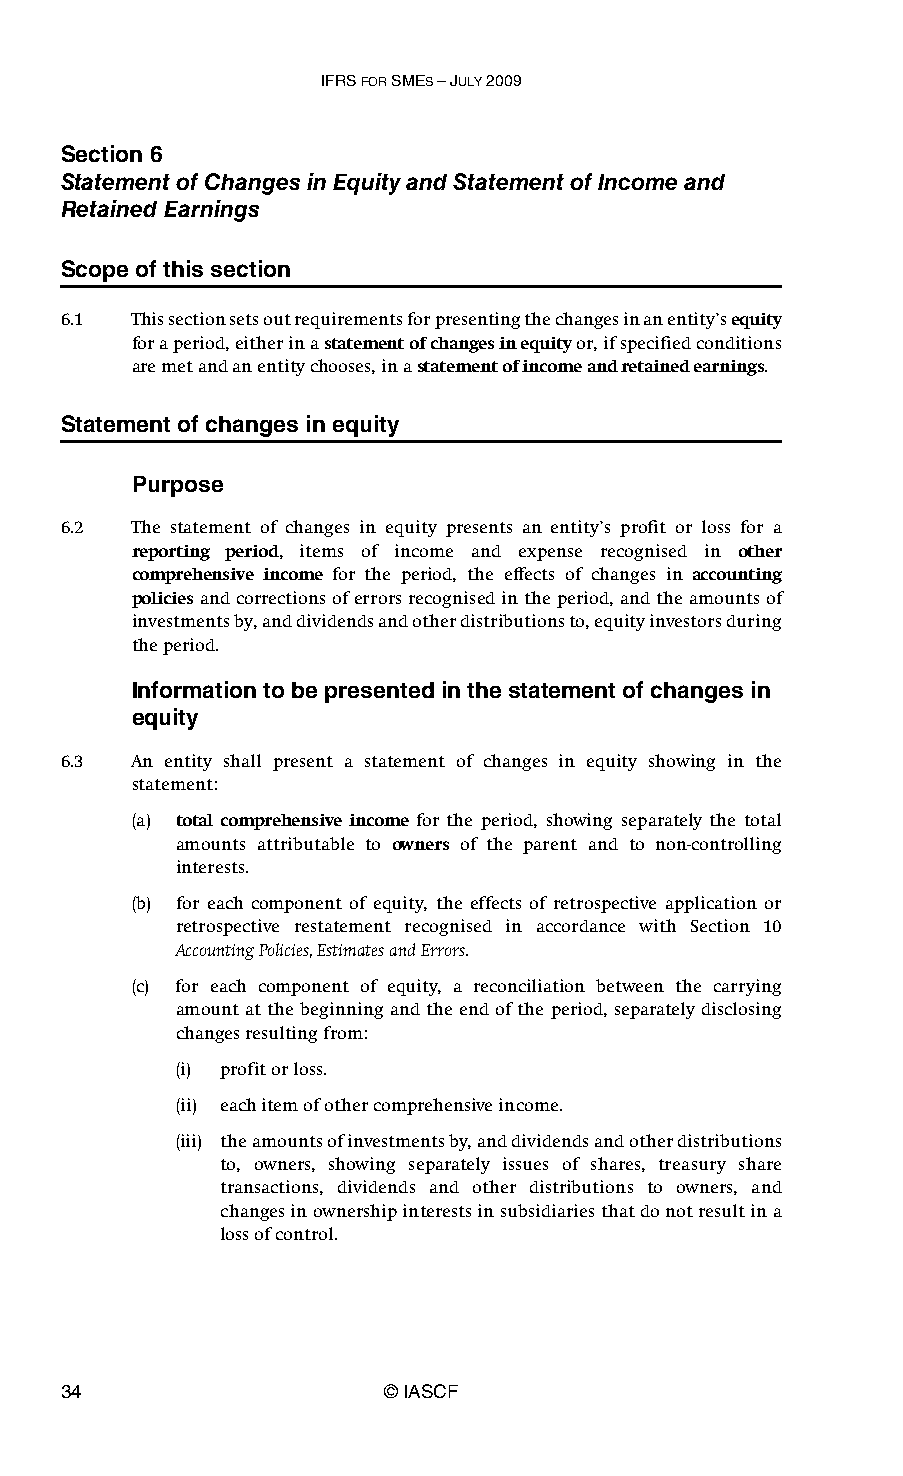
IFRS FOR SMES – JULY 2009
 Section 6
 Statement of Changes in Equity and Statement of Income and
 Retained Earnings
 Scope of this section
 6.1  This section sets out requirements for presenting the changes in an entity’s equity
 for a period, either in a statement of changes in equity or, if specified conditions
 are met and an entity chooses, in a statement of income and retained earnings.
 Statement of changes in equity
 Purpose
 6.2  The statement of changes in equity presents an entity’s profit or loss for a
 reporting period, items of income and expense recognised in other
 comprehensive income for the period, the effects of changes in accounting
 policies and corrections of errors recognised in the period, and the amounts of
 investments by, and dividends and other distributions to, equity investors during
 the period.
 Information to be presented in the statement of changes in
 equity
 6.3  An entity shall present a statement of changes in equity showing in the
 statement:
 (a) total comprehensive income for the period, showing separately the total
 amounts attributable to owners of the parent and to non-controlling
 interests.
 (b) for each component of equity, the effects of retrospective application or
 retrospective restatement recognised in accordance with Section 10
 Accounting Policies, Estimates and Errors.
 (c) for each component of equity, a reconciliation between the carrying
 amount at the beginning and the end of the period, separately disclosing
 changes resulting from:
 (i) profit or loss.
 (ii) each item of other comprehensive income.
 (iii) the amounts of investments by, and dividends and other distributions
 to, owners, showing separately issues of shares, treasury share
 transactions, dividends and other distributions to owners, and
 changes in ownership interests in subsidiaries that do not result in a
 loss of control.
 34                    © IASCF